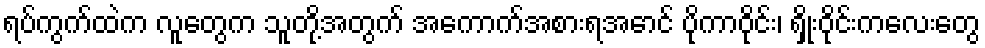
ရပ်ကွက်ထဲက လူတွေက သူတို့အတွက် အကောက်အစားရအောင် ပိုကာဝိုင်း၊ ရှိုးဝိုင်းကလေးတွေ